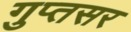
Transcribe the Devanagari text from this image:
गुप्तसर